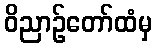
ဝိညာဉ်တော်ထံမှ